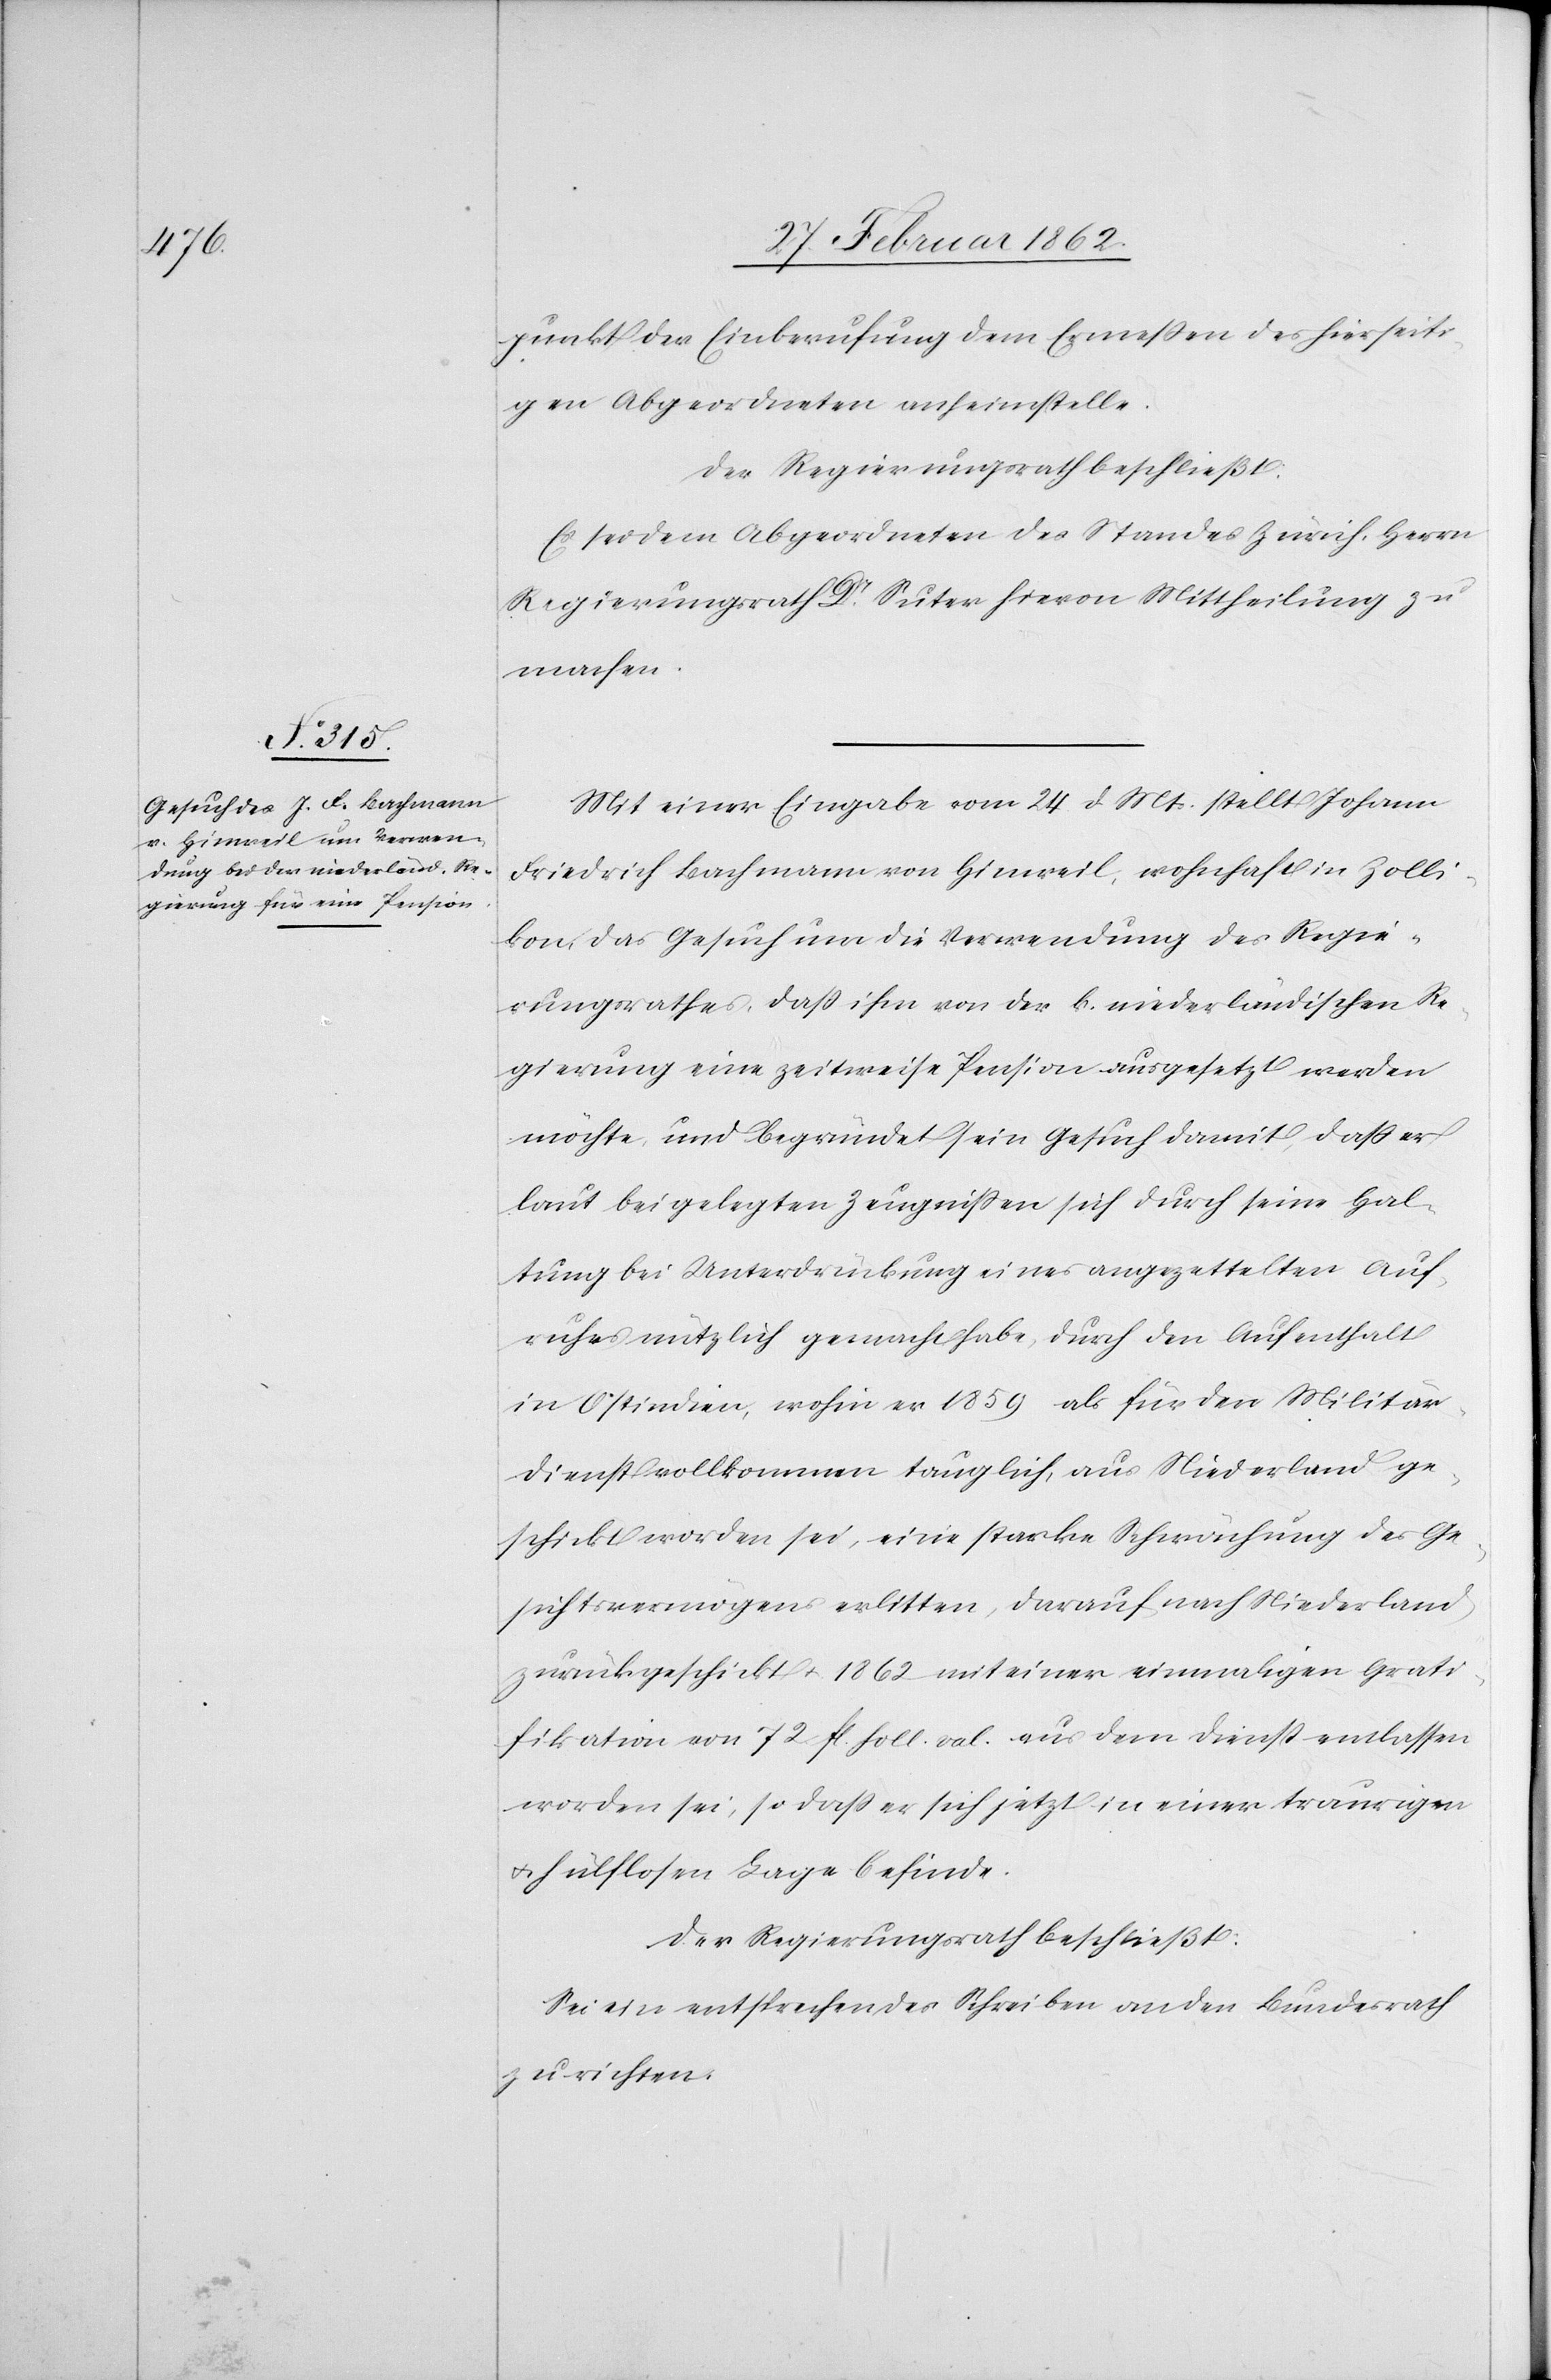
punkt der Einberufung dem Ermeßen des hierseiti¬
gen Abgeordneten anheimstelle.
Der Regierungsrath beschließt:
Es sei dem Abgeordneten des Standes Zürich, Herrn
Regierungsrath Dr. Suter hievon Mittheilung zu
machen.
Mit einer Eingabe vom 24 d. Mts. stellt Johann
Friedrich Bachmann von Hinweil, wohnhaft in Zolli¬
kon, das Gesuch um die Verwendung des Regie¬
rungsrathes, daß ihm von der k. niederländischen Re¬
gierung eine zeitweise Pension ausgesetzt werden
möchte, und begründet sein Gesuch damit, daß er
laut beigelegten Zeugnißen sich durch seine Hal¬
tung bei Unterdrückung eines angezettelten Auf¬
ruhrs nützlich gemacht habe, durch den Aufenthalt
in Ostindien, wohin er 1859 als für den Militär¬
dienst vollkommen tauglich, aus Niederland ge¬
schickt worden sei, eine starke Schwächung des Ge¬
sichtsvermögens erlitten, darauf nach Niederland
zurückgeschickt u. 1862 mit einer einmaligen Grati¬
fikation von 72 fl. holl. val. aus dem Dienst entlassen
worden sei, so daß er sich jetzt in einer traurigen
u. hülflosen Lage befinde.
Der Regierungsrath beschließt:
Sei ein entsprechendes Schreiben an den Bundesrath
zu richten.